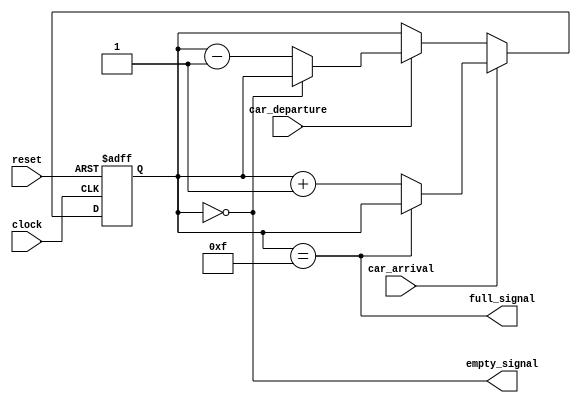
`timescale 1ns / 1ps

module car_parking_system (
  input wire clock,
  input wire reset,
  input wire car_arrival,
  input wire car_departure,
  output reg full_signal,
  output reg empty_signal
);

// the var count is used to monitor the no. of cars
reg [3:0] count;


initial begin
  count = 4'b0;
  full_signal = 1'b0;
  empty_signal = 1'b1;
end


always @(posedge clock or posedge reset) begin
  // asynchronous value/function
  // this block updates the value of count based on car_arrival or car_departure
  if (reset) begin
    count <= 4'b0;
  end else begin
    if (car_arrival) begin
      if (count == 4'b1111) begin
        count <= count; 
      end else begin
        count <= count + 1;
      end
    end else if (car_departure) begin
      if (count == 4'b0000) begin
        count <= count; 
      end else begin
        count <= count - 1;
      end
    end
  end
end

// this block is executed every time an input changes
always @(*) begin
  full_signal = (count == 4'b1111);
  empty_signal = (count == 4'b0000);
end

endmodule